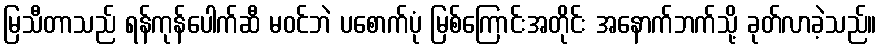
မြသီတာသည် ရန်ကုန်ပေါက်ဆီ မဝင်ဘဲ ပစောက်ပုံ မြစ်ကြောင်းအတိုင်း အနောက်ဘက်သို့ ခုတ်လာခဲ့သည်။